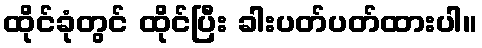
ထိုင်ခုံတွင် ထိုင်ပြီး ခါးပတ်ပတ်ထားပါ။